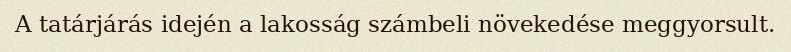
A tatárjárás idején a lakosság számbeli növekedése meggyorsult.